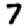
Digit: 7